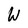
Character: W